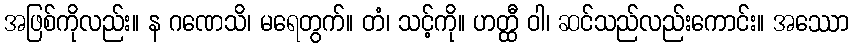
အဖြစ်ကိုလည်း။ န ဂဏေသိ၊ မရေတွက်။ တံ၊ သင့်ကို။ ဟတ္ထီ ဝါ၊ ဆင်သည်လည်းကောင်း။ အဿော